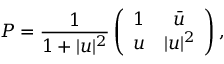
P = \frac { 1 } { 1 + | u | ^ { 2 } } \left( \begin{array} { c c } { { 1 } } & { { \bar { u } } } \\ { { u } } & { { | u | ^ { 2 } } } \end{array} \right) ,